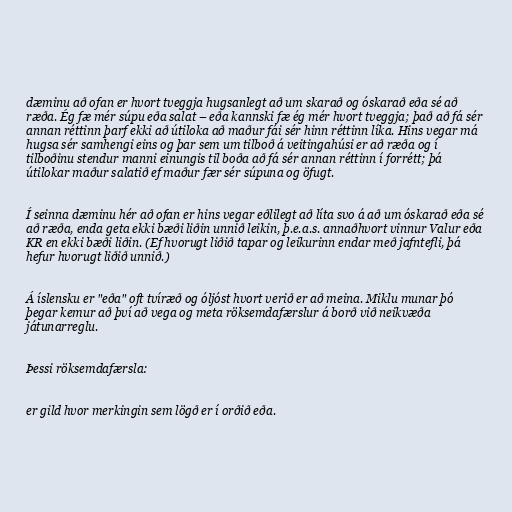
dæminu að ofan er hvort tveggja hugsanlegt að um skarað og óskarað eða sé að
ræða. Ég fæ mér súpu eða salat – eða kannski fæ ég mér hvort tveggja; það að fá sér
annan réttinn þarf ekki að útiloka að maður fái sér hinn réttinn líka. Hins vegar má
hugsa sér samhengi eins og þar sem um tilboð á veitingahúsi er að ræða og í
tilboðinu stendur manni einungis til boða að fá sér annan réttinn í forrétt; þá
útilokar maður salatið ef maður fær sér súpuna og öfugt.

Í seinna dæminu hér að ofan er hins vegar eðlilegt að líta svo á að um óskarað eða sé
að ræða, enda geta ekki bæði liðin unnið leikin, þ.e.a.s. annaðhvort vinnur Valur eða
KR en ekki bæði liðin. (Ef hvorugt liðið tapar og leikurinn endar með jafntefli, þá
hefur hvorugt liðið unnið.)

Á íslensku er "eða" oft tvíræð og óljóst hvort verið er að meina. Miklu munar þó
þegar kemur að því að vega og meta röksemdafærslur á borð við neikvæða
játunarreglu.

Þessi röksemdafærsla:

er gild hvor merkingin sem lögð er í orðið eða.